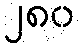
၂၈၀